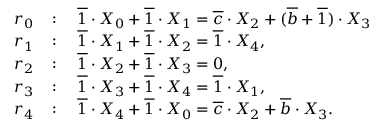
\begin{array} { r l } { r _ { 0 } } & { \colon \quad \overline { 1 } \cdot X _ { 0 } + \overline { 1 } \cdot X _ { 1 } = \overline { c } \cdot X _ { 2 } + ( \overline { b } + \overline { 1 } ) \cdot X _ { 3 } } \\ { r _ { 1 } } & { \colon \quad \overline { 1 } \cdot X _ { 1 } + \overline { 1 } \cdot X _ { 2 } = \overline { 1 } \cdot X _ { 4 } , } \\ { r _ { 2 } } & { \colon \quad \overline { 1 } \cdot X _ { 2 } + \overline { 1 } \cdot X _ { 3 } = 0 , } \\ { r _ { 3 } } & { \colon \quad \overline { 1 } \cdot X _ { 3 } + \overline { 1 } \cdot X _ { 4 } = \overline { 1 } \cdot X _ { 1 } , } \\ { r _ { 4 } } & { \colon \quad \overline { 1 } \cdot X _ { 4 } + \overline { 1 } \cdot X _ { 0 } = \overline { c } \cdot X _ { 2 } + \overline { b } \cdot X _ { 3 } . } \end{array}